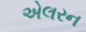
એલરન